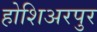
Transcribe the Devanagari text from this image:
होशिअरपुर